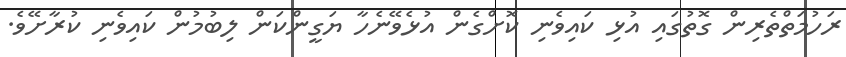
ރަހުމަތްތެރިން ގޮތުގައި އުޅި ކައިވެނި ކޮށްގެން އުޅެވޭނެހާ ޔަގީންކަން ލިބުމުން ކައިވެނި ކުރާށޭވެ.